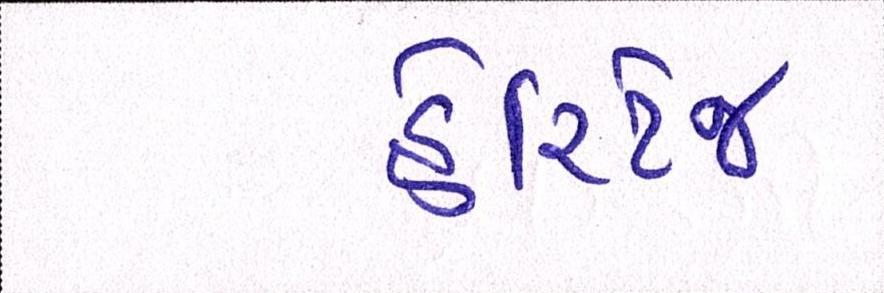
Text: હેરિટેજ